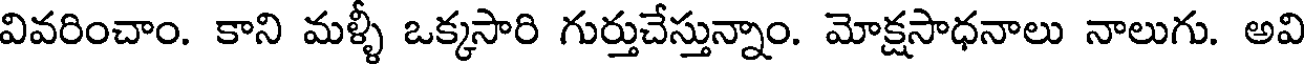
వివరించాం. కాని మళ్ళీ ఒక్కసారి గుర్తుచేస్తున్నాం. మోక్షసాధనాలు నాలుగు. అవి